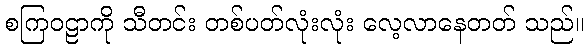
စကြဝဠာကို သီတင်း တစ်ပတ်လုံးလုံး လေ့လာနေတတ် သည်။